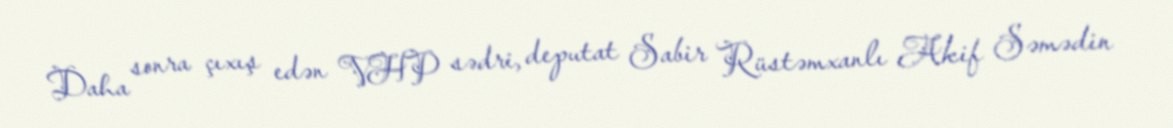
Daha sonra çıxış edən VHP sədri, deputat Sabir Rüstəmxanlı Akif Səmədin